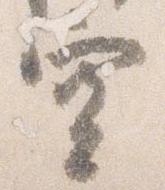
空